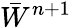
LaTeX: \bar{W}^{n+1}